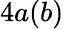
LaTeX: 4a(b)